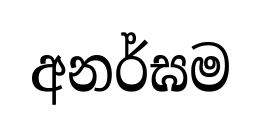
අනර්ඝම